Indian journal of veterinary science and animal husbandry - Volume 5,
Year: 1935
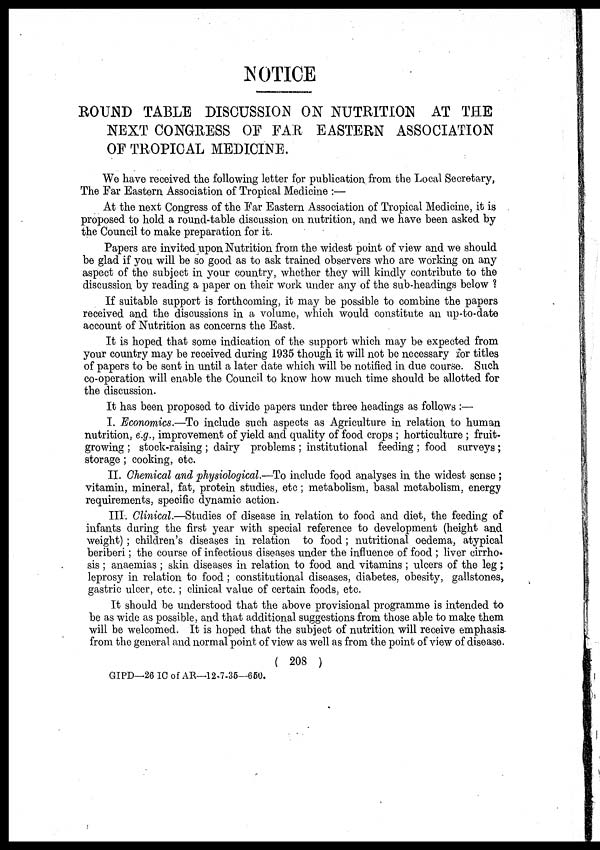
NOTICE
ROUND TABLE DISCUSSION ON NUTRITION AT THE
NEXT CONGRESS OF FAR EASTERN ASSOCIATION
OF TROPICAL MEDICINE.
We have received the following letter for publication from the Local Secretary,
The Far Eastern Association of Tropical Medicine :—
At the next Congress of the Far Eastern Association of Tropical Medicine, it is
proposed to hold a round-table discussion on nutrition, and we have been asked by
the Council to make preparation for it.
Papers are invited upon Nutrition from the widest point of view and we should
be glad if you will be so good as to ask trained observers who are working on any
aspect of the subject in your country, whether they will kindly contribute to the
discussion by reading a paper on their work under any of the sub-headings below ?
If suitable support is forthcoming, it may be possible to combine the papers
received and the discussions in a volume, which would constitute an up-to-date
account of Nutrition as concerns the East.
It is hoped that some indication of the support which may be expected from
your country may be received during 1935 though it will not be necessary for titles
of papers to be sent in until a later date which will be notified in due course. Such
co-operation will enable the Council to know how much time should be allotted for
the discussion.
It has been proposed to divide papers under three headings as follows :—
I. Economics.—To include such aspects as Agriculture in relation to human
nutrition, e.g., improvement of yield and quality of food crops ; horticulture ; fruit-
growing ; stock-raising ; dairy problems ; institutional feeding ; food surveys ;
storage ; cooking, etc.
II. Chemical and physiological.—To include food analyses in the widest sense ;
vitamin, mineral, fat, protein studies, etc; metabolism, basal metabolism, energy
requirements, specific dynamic action.
III. Clinical.—Studies of disease in relation to food and diet, the feeding of
infants during the first year with special reference to development (height and
weight) ; children's diseases in relation to food ; nutritional oedema, atypical
beriberi; the course of infectious diseases under the influence of food ; liver cirrho-
sis ; anaemias ; skin diseases in relation to food and vitamins ; ulcers of the leg ;
leprosy in relation to food ; constitutional diseases, diabetes, obesity, gallstones,
gastric ulcer, etc. ; clinical value of certain foods, etc.
It should be understood that the above provisional programme is intended to
be as wide as possible, and that additional suggestions from those able to make them
will be welcomed. It is hoped that the subject of nutrition will receive emphasis
from the general and normal point of view as well as from the point of view of disease.
( 208 )
GIPD—26 IC of AR—12.7-35—650.